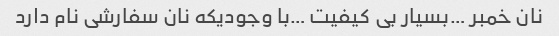
نان خمبر …بسیار بی کیفیت …با وجودیکه نان سفارشی نام دارد